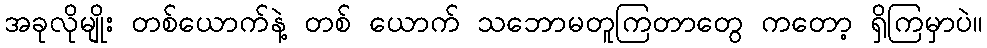
အခုလိုမျိုး တစ်ယောက်နဲ့ တစ် ယောက် သဘောမတူကြတာတွေ ကတော့ ရှိကြမှာပဲ။